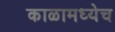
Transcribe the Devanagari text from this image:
काळामध्येच